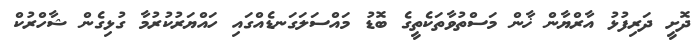
ދޮށީ ދަރިފުޅު އާރްޔާން ޚާން މަސްތުވާތަކެތީގެ ބޮޑު މައްސަލަގަނޑެއްގައި ހައްޔަރުކުރުމާ ގުޅިގެން ޝާހްރުކް